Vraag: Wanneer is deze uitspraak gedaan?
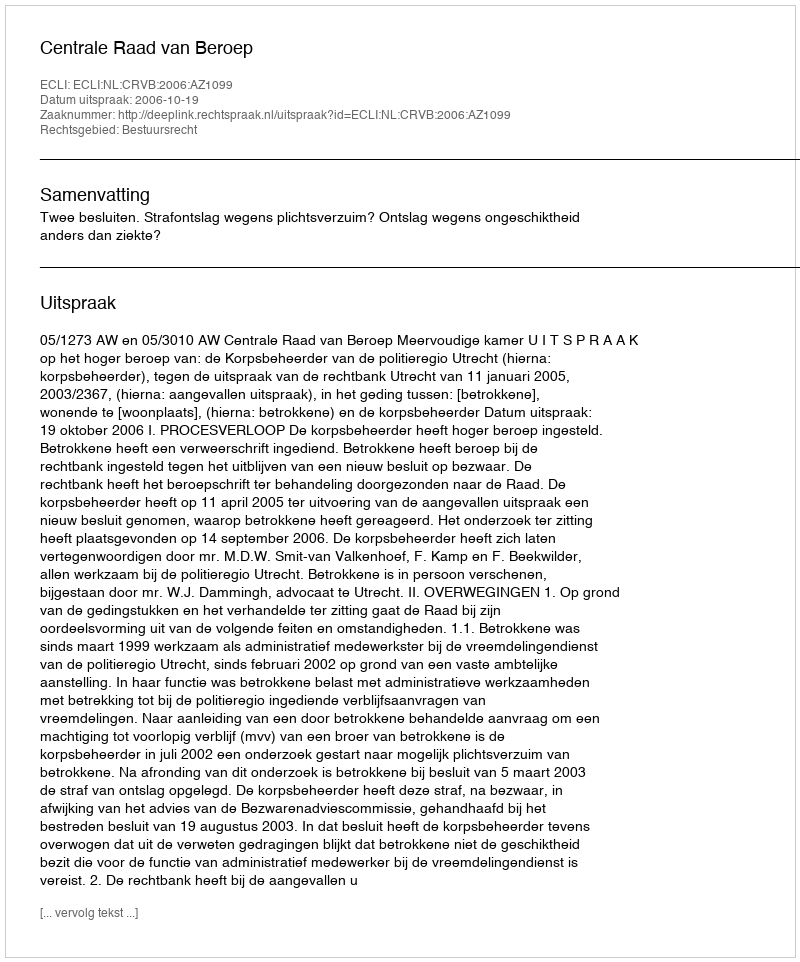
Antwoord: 2006-10-19